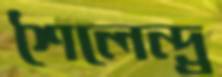
শৈলেন্দ্র্র